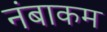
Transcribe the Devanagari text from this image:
नंबाकम